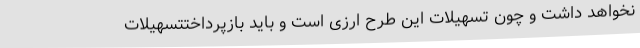
نخواهد داشت و چون تسهیلات این طرح ارزی است و باید بازپرداختتسهیلات